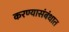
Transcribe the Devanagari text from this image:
करण्यासंबंधात